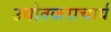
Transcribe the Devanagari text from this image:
उद्योतकराचार्य